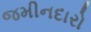
જમીનદારો